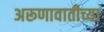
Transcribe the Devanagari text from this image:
अरूणावातीच्या